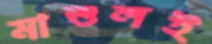
মাশুলই